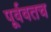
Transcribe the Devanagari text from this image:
पूर्ववतच